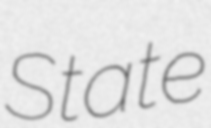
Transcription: State